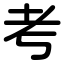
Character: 考